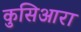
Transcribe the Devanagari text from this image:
कुसिआरा